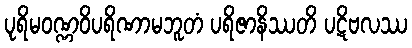
ပုရိမဝဏ္ဏဝိပရိဏာမဘူတံ ပရိဇာနိဿတိ ပဋိဗလဿ